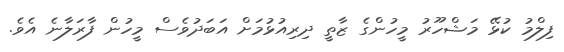
ފިލްމު ކުޅޭ މަޝްހޫރު މީހުންގެ ޒާތީ ދިރިއުޅުމަށް އަބަދުވެސް މީހުން ފާރަލާނެ އެވެ.